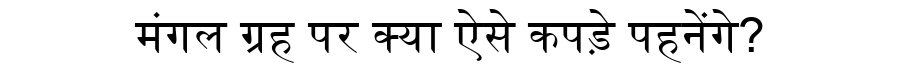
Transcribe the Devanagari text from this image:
मंगल ग्रह पर क्या ऐसे कपड़े पहनेंगे?